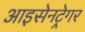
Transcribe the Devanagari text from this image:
आइसेनट्रेगर